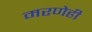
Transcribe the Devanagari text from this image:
मरणेही